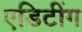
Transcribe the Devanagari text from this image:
एडिटींग